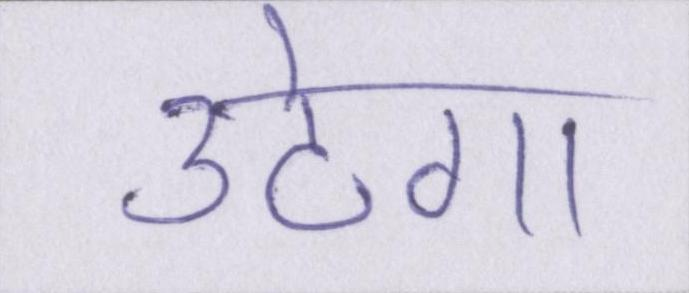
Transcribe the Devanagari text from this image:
उठेगा